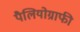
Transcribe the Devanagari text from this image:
पैलियोग्राफी